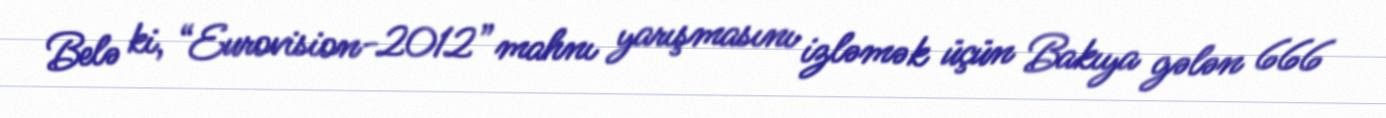
Belə ki, “Eurovision-2012” mahnı yarışmasını izləmək üçün Bakıya gələn 666